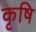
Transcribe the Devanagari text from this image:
कृषि